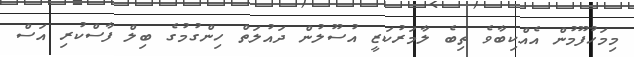
މިމަހުފޫމުން އެއްކިބާވެ ތިބެ ލާމަރުކަޒީ އުސޫލުން ދައުލަތް ހިންގުމުގެ ބިލް ފާސްކުރި އަސް